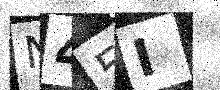
Text: N45I